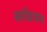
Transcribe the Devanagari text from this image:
सर्पप्रथम